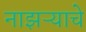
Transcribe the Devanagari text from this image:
नाझऱ्याचे